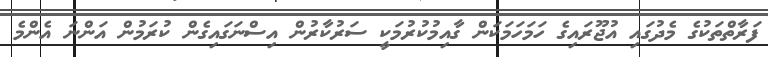
ފަރާތްތަކުގެ މެދުގައި އުޖޫރައިގެ ހަމަހަމަކަން ގާއިމުކުރުމަކީ ސަރުކާރުން އިސްނަގައިގެން ކުރަމުން އަންނަ އެންމެ